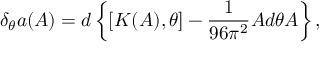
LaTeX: \delta _ { \theta } a ( A ) = d \left\{ [ K ( A ) , \theta ] - \frac { 1 } { 9 6 \pi ^ { 2 } } A d \theta A \right\} ,